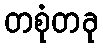
တစုံတခု